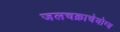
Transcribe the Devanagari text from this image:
जलचक्राचेयोग्य